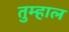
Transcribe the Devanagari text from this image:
तुम्हाल